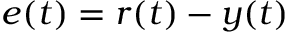
e ( t ) = r ( t ) - y ( t )